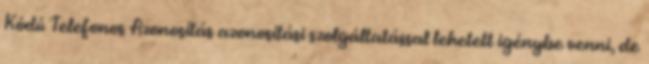
Kódú Telefonos Azonosítás azonosítási szolgáltatással lehetett igénybe venni, de